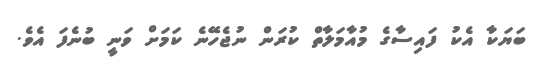
ބަޔަކާ އެކު ފައިސާގެ މުއާމަލާތް ކުރަން ނުޖެހޭނެ ކަމަށް ވަނީ ބުނެފަ އެވެ.